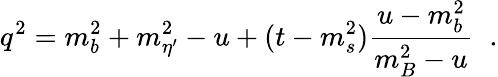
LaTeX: q^{2}=m_{b}^{2}+m_{\eta^{\prime}}^{2}-u+(t-m_{s}^{2})\frac{u-m_{b}^{2}}{m_{B}^{2}-u}\; \; .